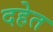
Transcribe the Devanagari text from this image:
दहेत